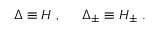
\Delta \equiv H \; , \; \; \; \; \; \Delta _ { \pm } \equiv H _ { \pm } \; .